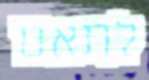
לתאם